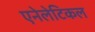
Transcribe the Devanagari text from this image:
एनेलेटिकल